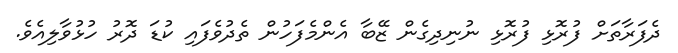
ދެފަރާތަށް ފުރޮޅި ފުރޮޅި ނުނިދިގެން ޒޭބާ އެންމެފަހުން ތެދުވެފައި ކުޑަ ދޮރު ހުޅުވާލިއެވެ.